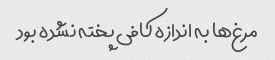
مرغ‌ها به اندازه کافی پخته نشده بود